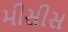
મીસીસ